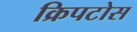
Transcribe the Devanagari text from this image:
क्रिपटोस